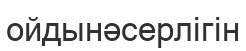
ойдынәсерлігін